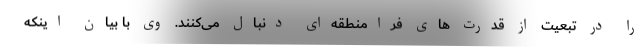
را در تبعیت از قدرت های فرامنطقه‌ای دنبال می‌کنند. وی با بیان اینکه